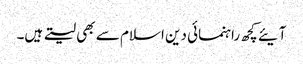
آیئے کچھ راہنمائی دین اسلام سے بھی لیتے ہیں۔